Indian journal of veterinary science and animal husbandry - Volumes 26-27, 1956-1957
Year: 1956
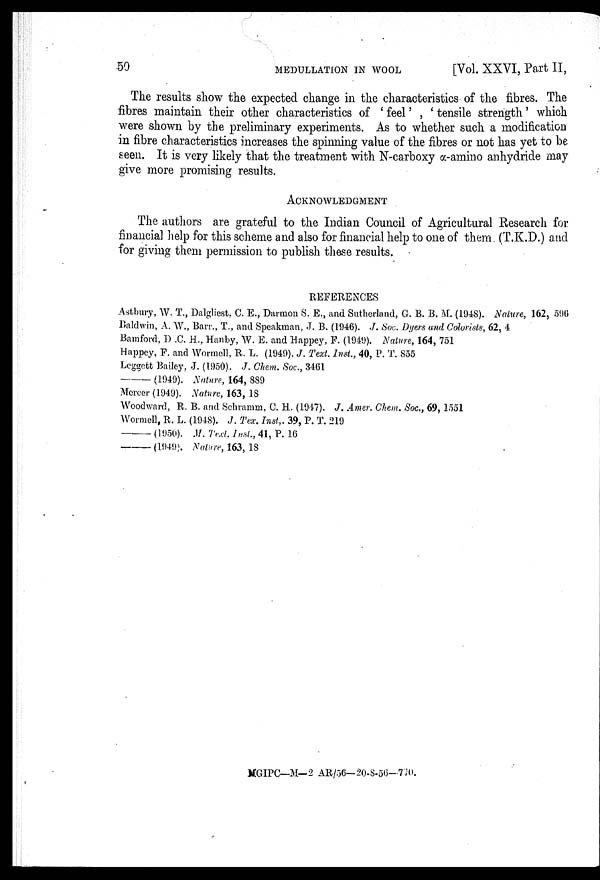
50
MEDULLATION
IN
WOOL
[Vol. XXVI, Part II,
The results show the expected change in the characteristics of the fibres. The
fibres maintain their other characteristics of ' feel ' , ' tensile strength ' which
were shown by the preliminary experiments. As to whether such a modification
in fibre characteristics increases the spinning value of the fibres or not has yet to be
seen. It is very likely that the treatment with N-carboxy α-amino anhydride may
give more promising results.
ACKNOWLEDGMENT
The authors are grateful to the Indian Council of Agricultural Research for
financial help for this scheme and also for financial help to one of them (T.K.D.) and
for giving them permission to publish these results.
REFERENCES
Astbury, W. T., Dalgliest, C. E., Darmon S. E., and Sutherland, G. B. B. M. (1948). Nature, 162, 596
Baldwin, A. W., Barr., T., and Speakman, J. B. (1946). J. Soc. Dyers and Colorists, 62, 4
Bamford, D .C. H., Hanby, W. E. and Happey, F. (1949). Nature, 164, 751
Happey, F. and Wormell, R. L. (1949). J. Text. Inst., 40, P. T. 855
Leggett Bailey, J. (1950). J. Chem. Soc., 3461
—
(1949). Nature, 164, 889
Mercer (1949). Nature, 163, 18
Woodward, R. B. and Schramm, C. H. (1947). J. Amer. Chem. Soc., 69, 1551
Wormell, R. L. (1948). J. Tex. Inst,. 39, P. T. 219
—
(1950). M. Text. Inst., 41, P. 16
—
(1949). Nature, 163, 18
MGIPC—M—2 AR/56—20-8-56—770.